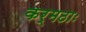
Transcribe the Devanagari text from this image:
कर्मठाः